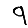
Digit: 9